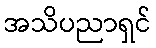
အသိပညာရှင်